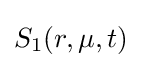
S_{1}(r,\mu ,t)